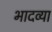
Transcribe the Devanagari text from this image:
भादव्या